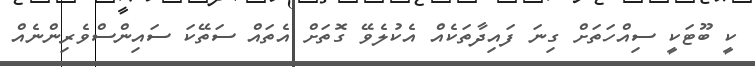
ކީ ބޫޓަކީ ސިއްހަތަށް ގިނަ ފައިދާތަކެއް އެކުލެވޭ ގޮތަށް އެތައް ސަތޭކަ ސައިންސްވެރިންނެއް